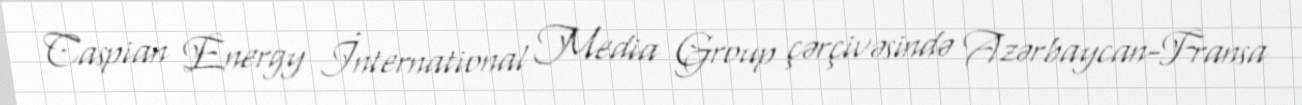
Caspian Energy İnternational Media Group çərçivəsində Azərbaycan-Fransa